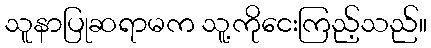
သူနာပြုဆရာမက သူ့ကိုငေးကြည့်သည်။